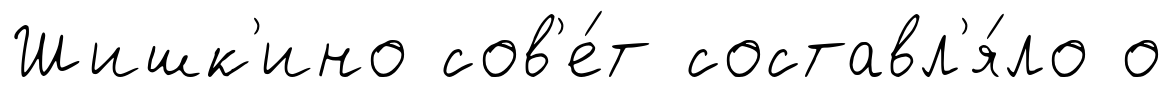
Шишк'ино сов'е́т составл'я́ло о